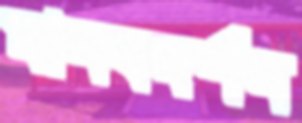
মানবদর্শন